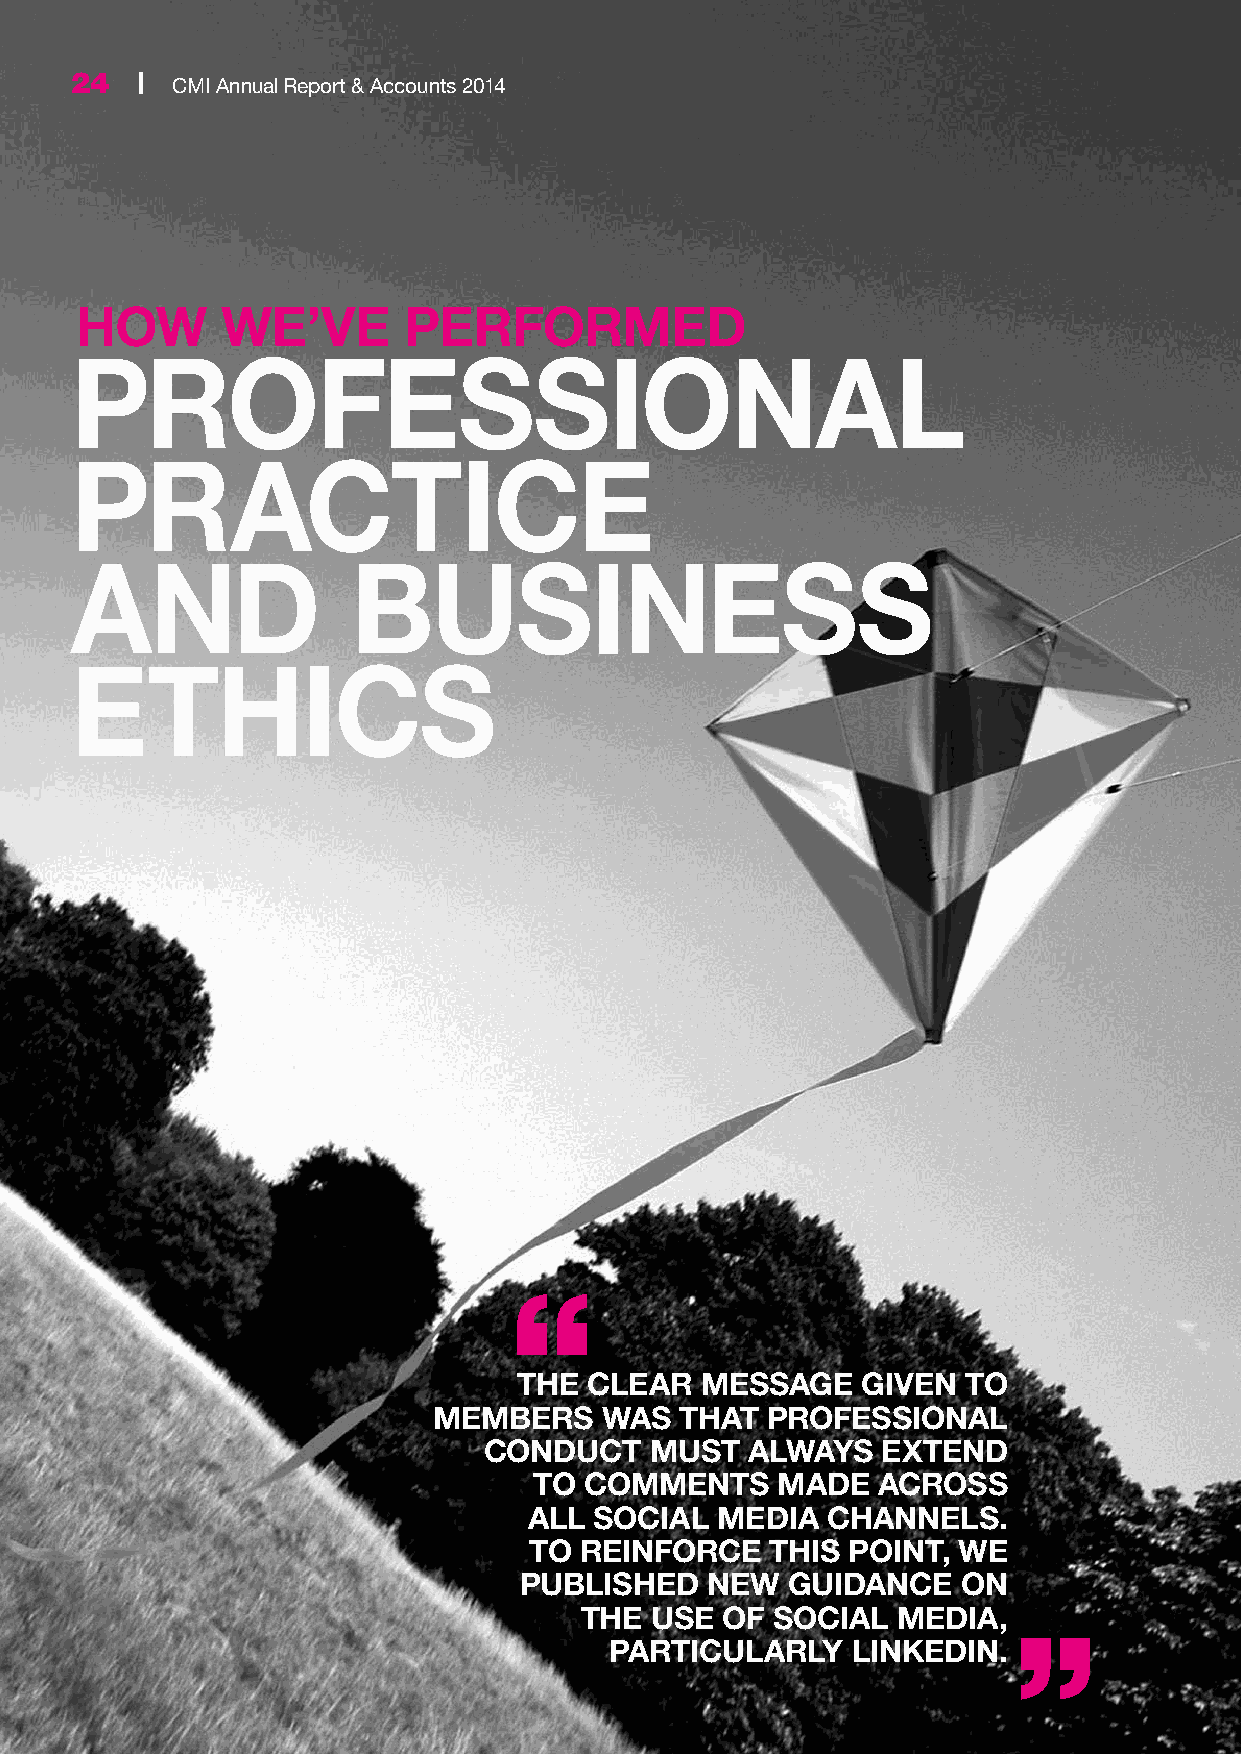
24  | CMI Annual Report & Accounts 2014
 HOW       WE’VE       PERFORMED
 PROFESSIONAL
 PRACTICE
 AND               BUSINESS
 ETHICS
 THE  CLEAR  MESSAGE    GIVEN  TO
 MEMBERS    WAS  THAT  PROFESSIONAL
 CONDUCT    MUST  ALWAYS   EXTEND
 TO  COMMENTS    MADE   ACROSS
 ALL SOCIAL  MEDIA   CHANNELS.
 TO REINFORCE    THIS POINT, WE
 PUBLISHED    NEW  GUIDANCE    ON
 THE  USE  OF SOCIAL  MEDIA,
 PARTICULARLY    LINKEDIN.